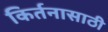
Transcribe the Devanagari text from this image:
किर्तनासाठी